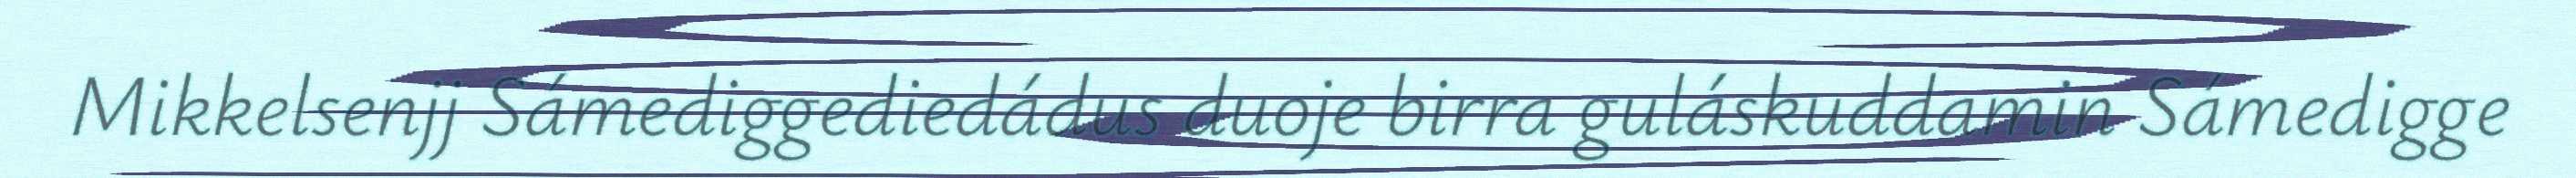
Mikkelsenjj Sámediggediedádus duoje birra guláskuddamin Sámedigge